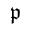
\mathfrak { p }